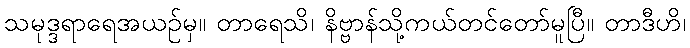
သမုဒ္ဒရာရေအယဉ်မှ။ တာရေသိ၊ နိဗ္ဗာန်သို့ကယ်တင်တော်မူပြီ။ တာဒီဟိ၊